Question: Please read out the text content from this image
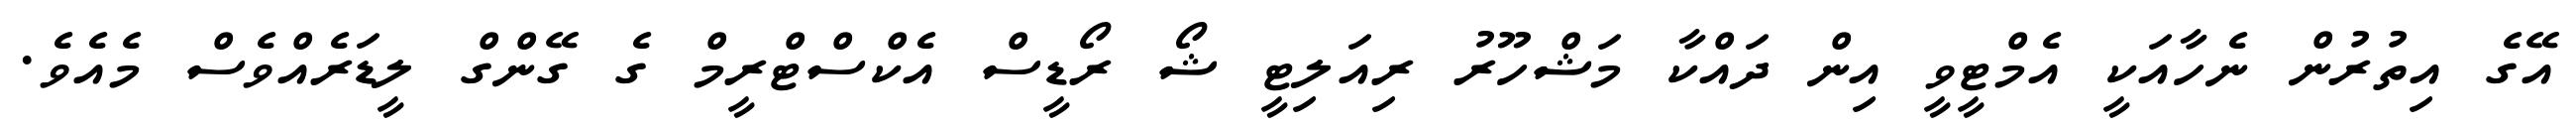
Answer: އޭގެ އިތުރުން ނެހާއަކީ އެމްޓީވީ އިން ދައްކާ މަޝްހޫރު ރިއަލިޓީ ޝޯ ރޯޑީސް އެކްސްޓްރީމް ގެ ގޭންގް ލީޑަރެއްވެސް މެއެވެ.